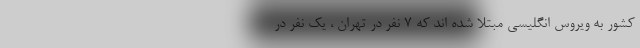
کشور به ویروس انگلیسی مبتلا شده اند که 7 نفر در تهران ، یک نفر در